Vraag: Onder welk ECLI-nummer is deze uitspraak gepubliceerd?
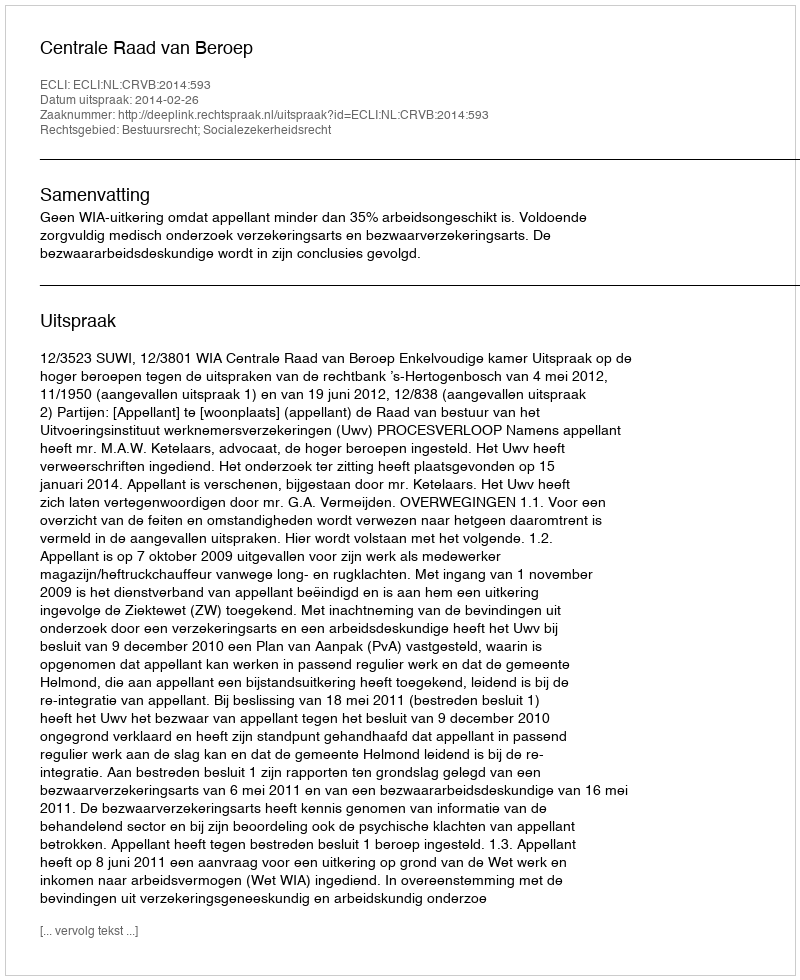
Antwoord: ECLI:NL:CRVB:2014:593